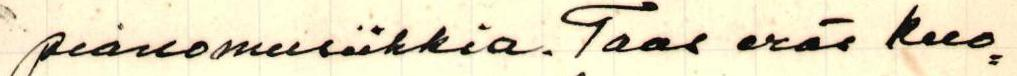
pianomusiikkia. Taas eräs kuo=